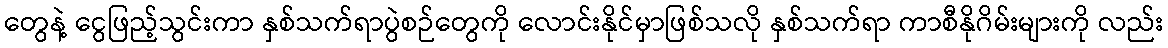
တွေနဲ့ ငွေဖြည့်သွင်းကာ နှစ်သက်ရာပွဲစဉ်တွေကို လောင်းနိုင်မှာဖြစ်သလို နှစ်သက်ရာ ကာစီနိုဂိမ်းများကို လည်း